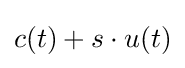
c(t)+s\cdot u(t)